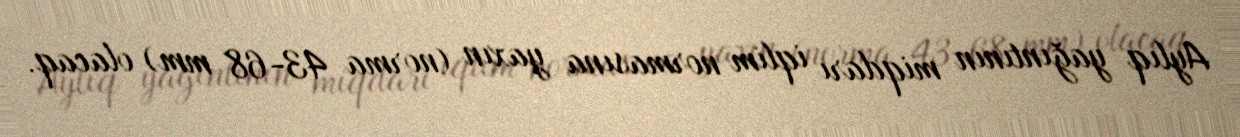
Aylıq yağıntının miqdarı iqlim normasına yaxın (norma 43-68 mm) olacaq.